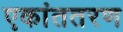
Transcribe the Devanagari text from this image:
एकांततरण